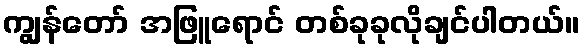
ကျွန်တော် အဖြူရောင် တစ်ခုခုလိုချင်ပါတယ်။